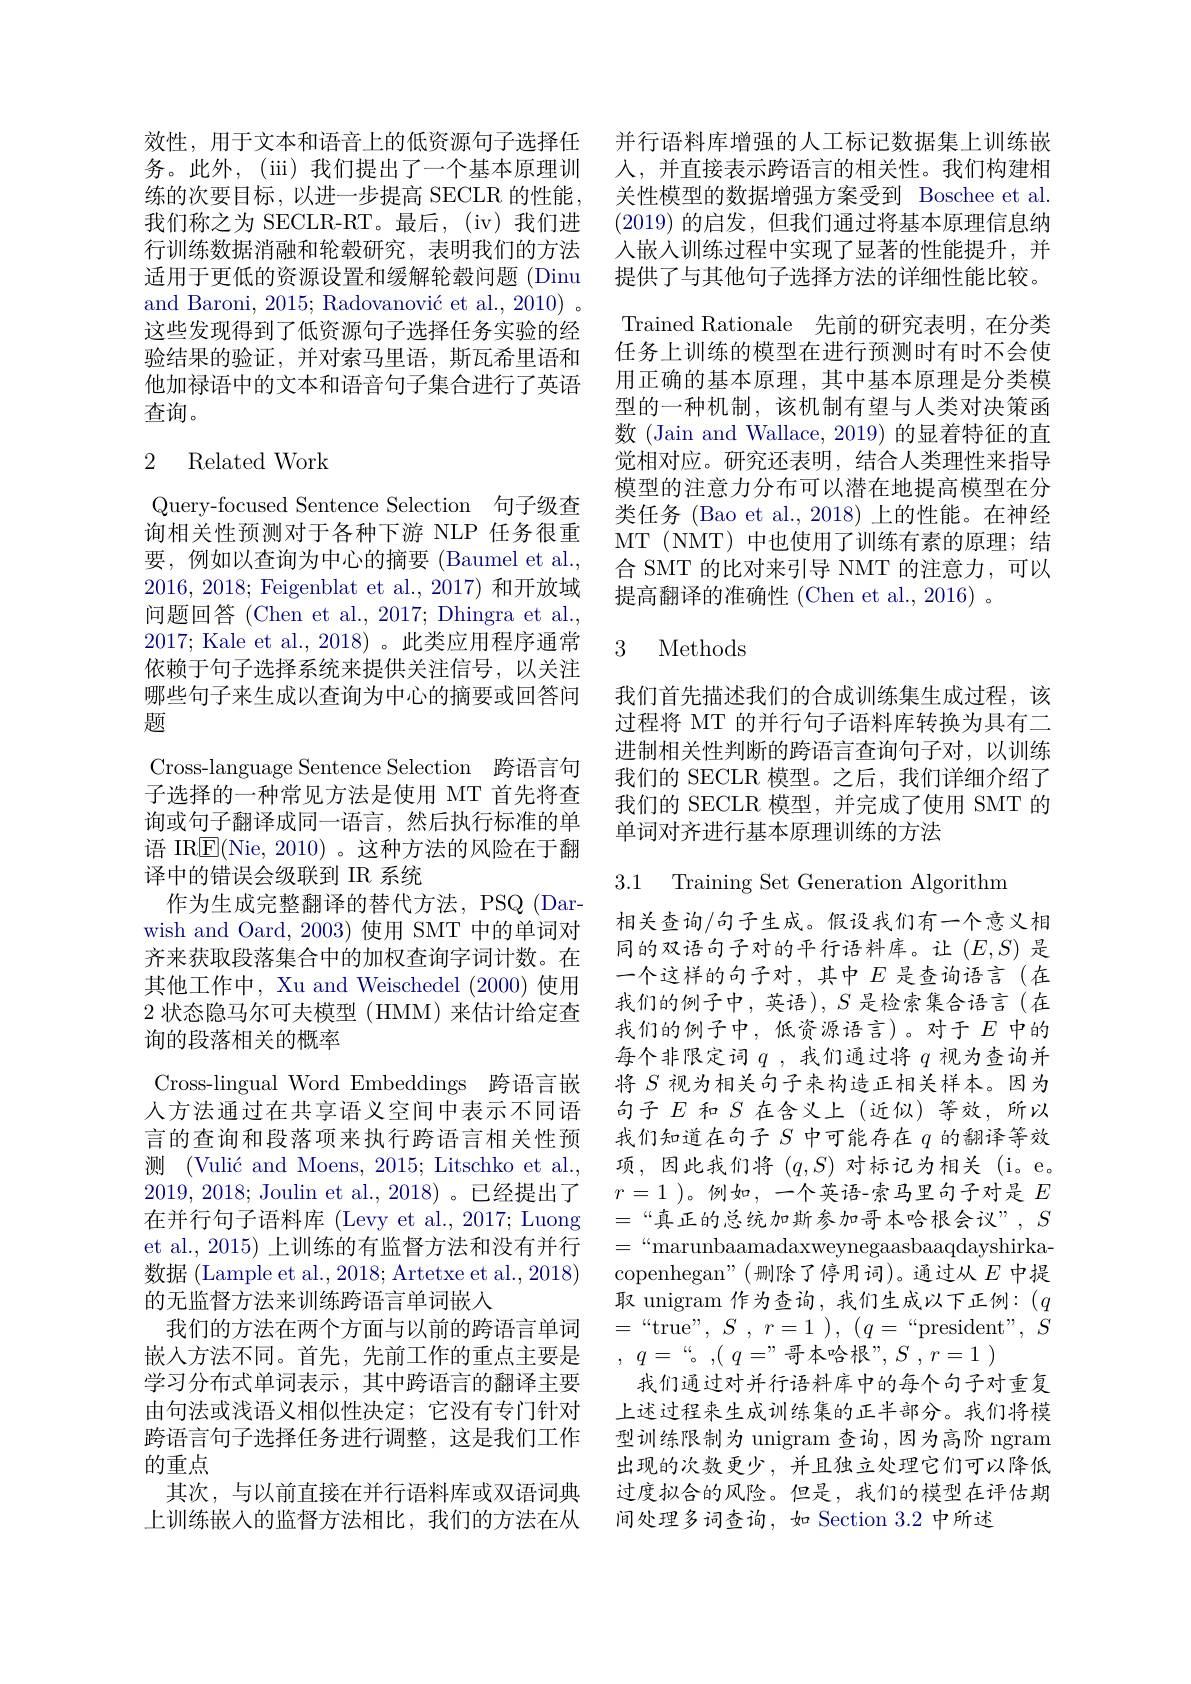
效性，用于文本和语音上的低资源句子选择任 并行语料库增强的人工标记数据集上训练嵌
务。此外，(iii)我们提出了一个基本原理训练的次要目标，以进一步提高 SECLR 的性能， 我们称之为 SECLR-RT。最后，(iv)我们进行训练数据消融和轮毂研究，表明我们的方法适用于更低的资源设置和缓解轮毂问题(Dinu and Baroni, 2015; Radovanović et al., 2010)。这些发现得到了低资源句子选择任务实验的经验结果的验证，并对索马里语，斯瓦希里语和他加禄语中的文本和语音句子集合进行了英语查询。

## 2 Related Work

Query-focused Sentence Selection 句子级查询相关性预测对于各种下游 NLP 任务很重要，例如以查询为中心的摘要(Baumel et al., 2016,2018; Feigenblat et al., 2017) 和开放域问题回答 (Chen et al., 2017; Dhingra et al., 2017; Kale et al., 2018)。此类应用程序通常依赖于句子选择系统来提供关注信号，以关注哪些句子来生成以查询为中心的摘要或回答问题
Cross-language Sentence Selection 跨语言句子选择的一种常见方法是使用 MT 首先将查询或句子翻译成同一语言，然后执行标准的单语 IR$\overline{\mathrm{E}}($Nie, 2010)。这种方法的风险在于翻译中的错误会级联到 IR 系统
作为生成完整翻译的替代方法，PSQ (Darwish and Oard, 2003) 使用 SMT 中的单词对齐来获取段落集合中的加权查询字词计数。在其他工作中，Xu and Weischedel (2000) 使用2状态隐马尔可夫模型(HMM)来估计给定查询的段落相关的概率
Cross-lingual Word Embeddings 跨语言嵌人方法通过在共享语义空间中表示不同语言的查询和段落项来执行跨语言相关性预测 (Vulić and Moens, 2015; Litschko et al., 2019,2018; Joulin et al., 2018)。已经提出了在并行句子语料库 (Levy et al., 2017; Luong et al., 2015) 上训练的有监督方法和没有并行数据 (Lample et al., 2018; Artetxe et al., 2018) 的无监督方法来训练跨语言单词嵌人
我们的方法在两个方面与以前的跨语言单词嵌入方法不同。首先，先前工作的重点主要是学习分布式单词表示，其中跨语言的翻译主要由句法或浅语义相似性决定；它没有专门针对跨语言句子选择任务进行调整，这是我们工作的重点
其次，与以前直接在并行语料库或双语词典上训练嵌入的监督方法相比，我们的方法在从

人，并直接表示跨语言的相关性。我们构建相关性模型的数据增强方案受到 Boschee et al (2019)的启发，但我们通过将基本原理信息纳人嵌入训练过程中实现了显著的性能提升，并提供了与其他句子选择方法的详细性能比较。Trained Rationale 先前的研究表明，在分类任务上训练的模型在进行预测时有时不会使用正确的基本原理，其中基本原理是分类模型的一种机制，该机制有望与人类对决策函数 (Jain and Wallace, 2019) 的显着特征的直觉相对应。研究还表明，结合人类理性来指导模型的注意力分布可以潜在地提高模型在分类任务 (Bao et al., 2018) 上的性能。在神经MT (NMT) 中也使用了训练有素的原理；结合 SMT 的比对来引导 NMT 的注意力，可以提高翻译的准确性 (Chen et al., 2016) 。

### 3 Methods

我们首先描述我们的合成训练集生成过程，该过程将 MT 的并行句子语料库转换为具有二进制相关性判断的跨语言查询句子对，以训练我们的 SECLR 模型。之后，我们详细介绍了我们的 SECLR 模型，并完成了使用 SMT 的单词对齐进行基本原理训练的方法

3.1 Training Set Generation Algorithm

相关查询/句子生成。假设我们有一个意义相同的双语句子对的平行语料库。让$(E,S)$是一个这样的句子对，其中$E$ 是查询语言(在我们的例子中，英语),$S$是检索集合语言(在我们的例子中，低资源语言)。对于$E$ 中的每个非限定词$q$ ,我们通过将$q$视为查询并将$S$视为相关句子来构造正相关样本。因为句子$E$和$S$在含义上(近似)等效，所以我们知道在句子$S$中可能存在$q$的翻译等效项，因此我们将$(q,S)$对标记为相关(i。e。$r=1$)。例如，一个英语-索马里句子对是$E$ $=“$真正的总统加斯参加哥本哈根会议”, $S$ $=“$marunbaamadaxweynegaasbaaqdayshirkacopenhegan"(删除了停用词)。通过从$E$中提取 unigram 作为查询，我们生成以下正例：($q$ $=~“$true",$S$ , $r= 1$ ), $( q=$ $“$president",$S$ , $q=$ $“ $。,( $q= ”$哥本哈根”,$S$ , $r= 1$ )
我们通过对并行语料库中的每个句子对重复上述过程来生成训练集的正半部分。我们将模型训练限制为 unigram 查询，因为高阶 ngram 出现的次数更少，并且独立处理它们可以降低过度拟合的风险。但是，我们的模型在评估期间处理多词查询，如 Section 3.2 中所述